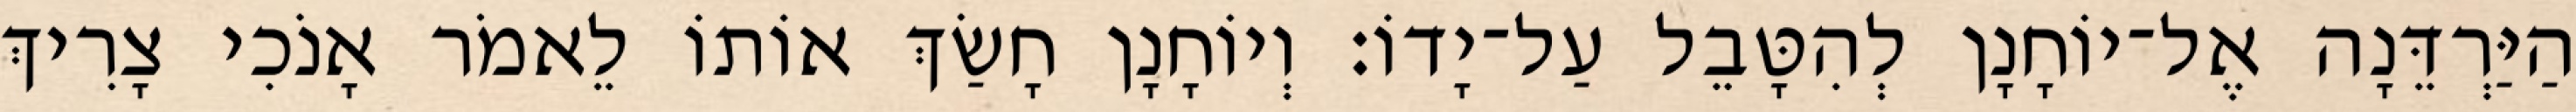
הַיַּרְדֵּנָה אֶל־יוֹחָנָן לְהִטָּבֵל עַל־יָדוֹ׃ וְיוֹחָנָן חָשַׂךְ אוֹתוֹ לֵאמֹר אָנֹכִי צָרִיךְ